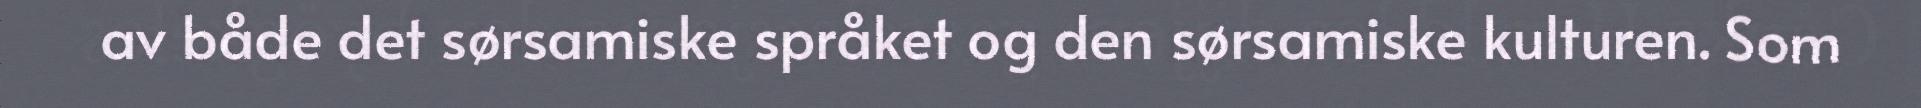
av både det sørsamiske språket og den sørsamiske kulturen. Som